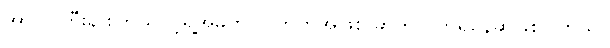
အာဂျင်တီးနားကြယ်ပွင့်ရဲ့အဓိကပြိုင်ဘက်အဖြစ် ဆက်လက်ရှိနေဆဲဖြစ်ပါတယ်။